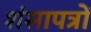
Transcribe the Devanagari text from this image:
शंसापत्रों